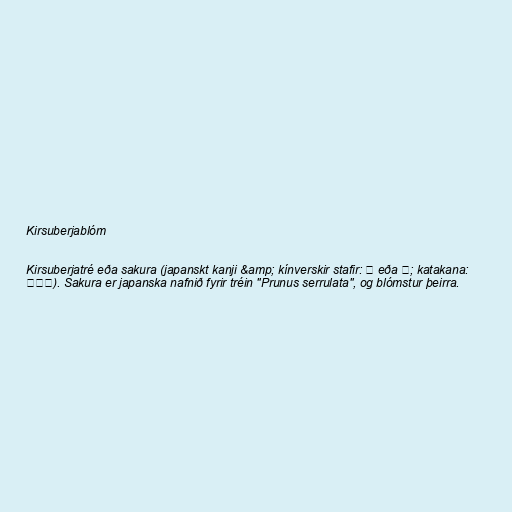
Kirsuberjablóm

Kirsuberjatré eða sakura (japanskt kanji &amp; kínverskir stafir: 桜 eða 櫻; katakana:
サクラ). Sakura er japanska nafnið fyrir tréin "Prunus serrulata", og blómstur þeirra.